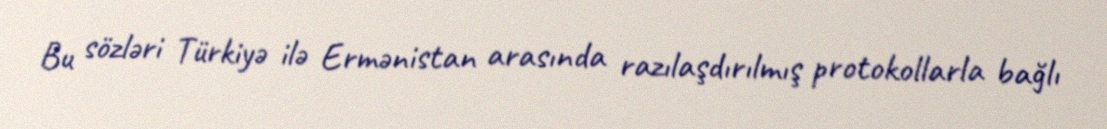
Bu sözləri Türkiyə ilə Ermənistan arasında razılaşdırılmış protokollarla bağlı